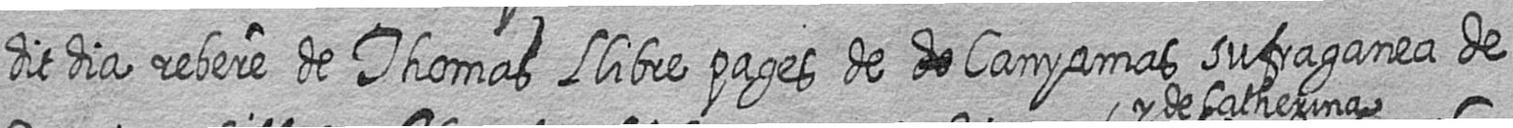
dit dia rebere de Thomas Llibre pages de # Canyamas sufraganea de